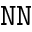
\tt N N